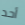
أحد